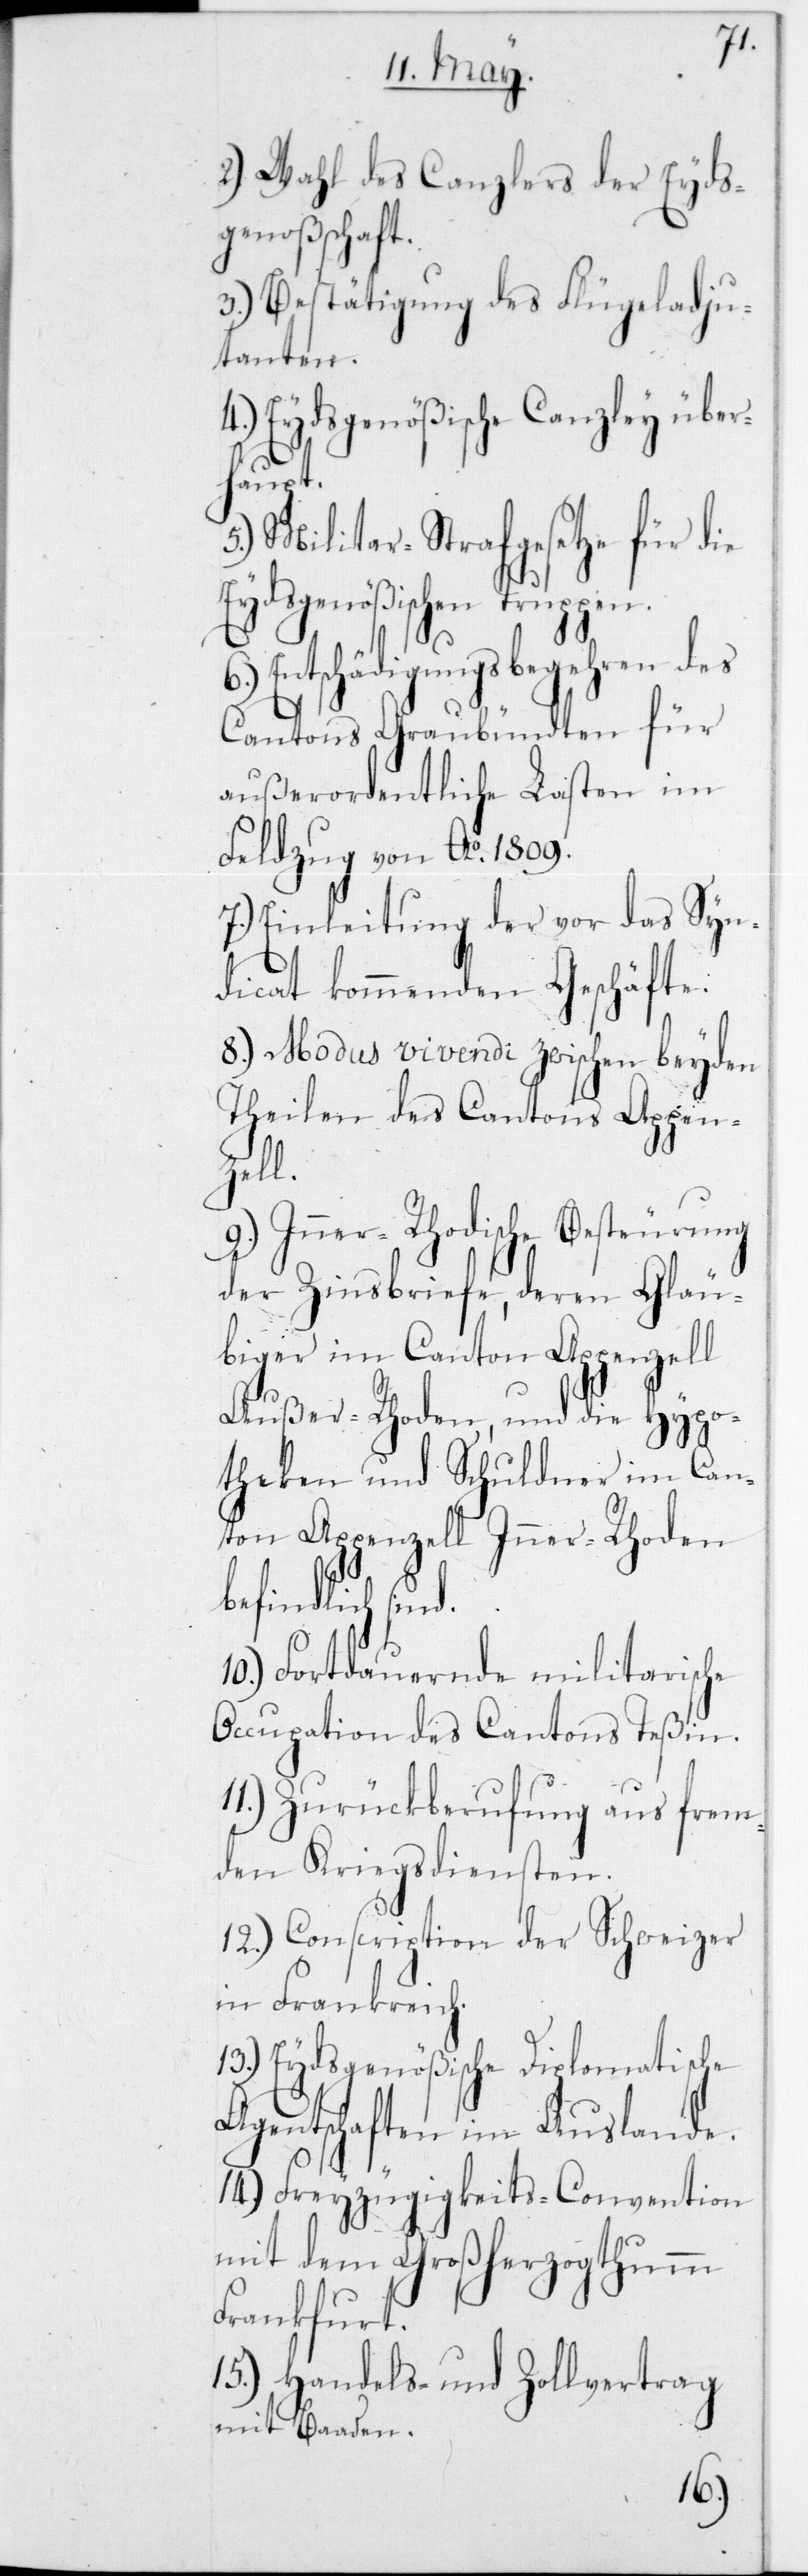
nd.
2.) Wahl des Canzlers der Eyds¬
genoßenschaft.
3.) Bestätigung des Flügeladju¬
danten.
4.) Eydsgenößische Canzley über¬
läu¬
5.) Militar-Strafgesetze für die
Eydsgenößischen Truppen.
Entschädigungsbegehren des
Cantons Graubündten für
außerordentliche Lasten im
Feldzug von Ao 1809.
7.) Einleitung der vor das Sy¬
ndicat kommenden Geschäfte.
8.) Modus vivendi zwischen beyden
Theilen des Cantons
9.) Inner-Rhodische Besteurung
der Zinsbriefe, deren G¬
biger im Canton Appenzell
Außer-Rhoden, und die Hypo¬
theken und Schuldner im Ca¬
nton Appenzell Inner-Rhoden
befindlich si¬
10.) Fortdauernde militarische
Occupation des Cantons Teßin.
11.) Zurückberufung aus frem¬
den Kriegsdiensten.
12.) Conscription der Schweizer
in Frankreich.
13.) Eydsgenößische Diplomatische
Agentschaften im Auslande.
14.) Freyzügigkeits-Convention
mit dem Großherzogthumm
Frankfurt.
15.) Handels- und Zollvertrag
mit Baaden.
6.)